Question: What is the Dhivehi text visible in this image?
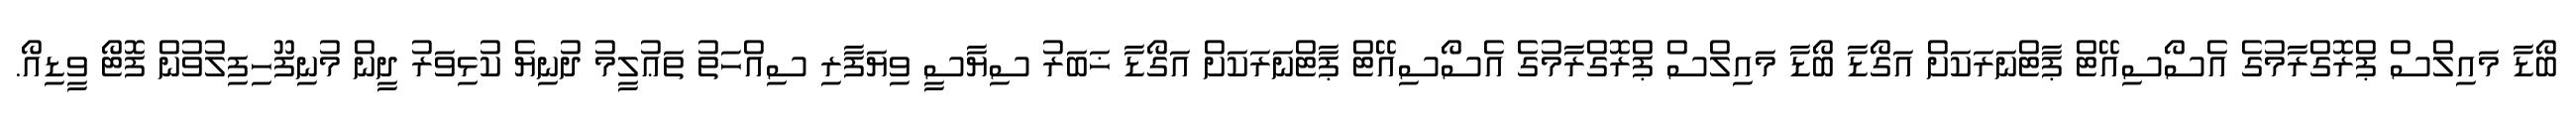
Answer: ބޯޑާ މައިލްސް ޕްރޮގްރާމުގެ އެސޯސިއޭޓް ޕާޓްނަރަކަށް އަގޯޑާ ބޯޑާ މައިލްސް ޕްރޮގްރާމުގެ އެސޯސިއޭޓް ޕާޓްނަރަކަށް އަގޯޑާ ޚަބަރު ސިޔާސީ ވިޔަފާރި ސިއްހަތު ތަޢުލީމު ދުނިޔެ ކުޅިވަރު ދީން މުނިފޫހިފިލުވުން ފޮޓޯ ވީޑިއޯ.